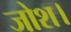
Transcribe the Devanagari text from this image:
जोश।